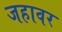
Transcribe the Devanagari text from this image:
जहावर